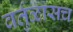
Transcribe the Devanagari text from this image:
वर्तुळासच